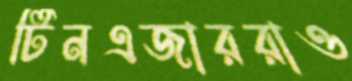
টিনএজাররাও